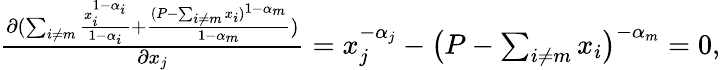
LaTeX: \begin{array}{r}{\frac{\partial(\sum_{i\neq m}\frac{x_{i}^{1-\alpha_{i}}}{1-\alpha_{i}}+\frac{(P-\sum_{i\neq m}x_{i})^{1-\alpha_{m}}}{1-\alpha_{m}})}{\partial x_{j}}=x_{j}^{-\alpha_{j}}-\big(P-\sum_{i\neq m}x_{i}\big)^{-\alpha_{m}}=0,}\end{array}